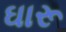
ઘારૂ